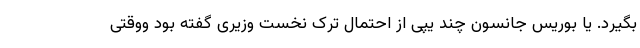
بگیرد. یا بوریس جانسون چند یپی از احتمال ترک نخست وزیری گفته بود ووقتی